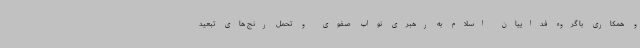
و همکاری با گروه فداییان اسلام به رهبری نواب صفوی و تحمل رنج های تبعید